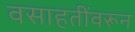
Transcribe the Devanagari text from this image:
वसाहतींवरून